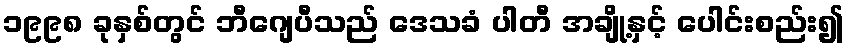
၁၉၉၈ ခုနှစ်တွင် ဘီဂျေပီသည် ဒေသခံ ပါတီ အချို့နှင့် ပေါင်းစည်း၍